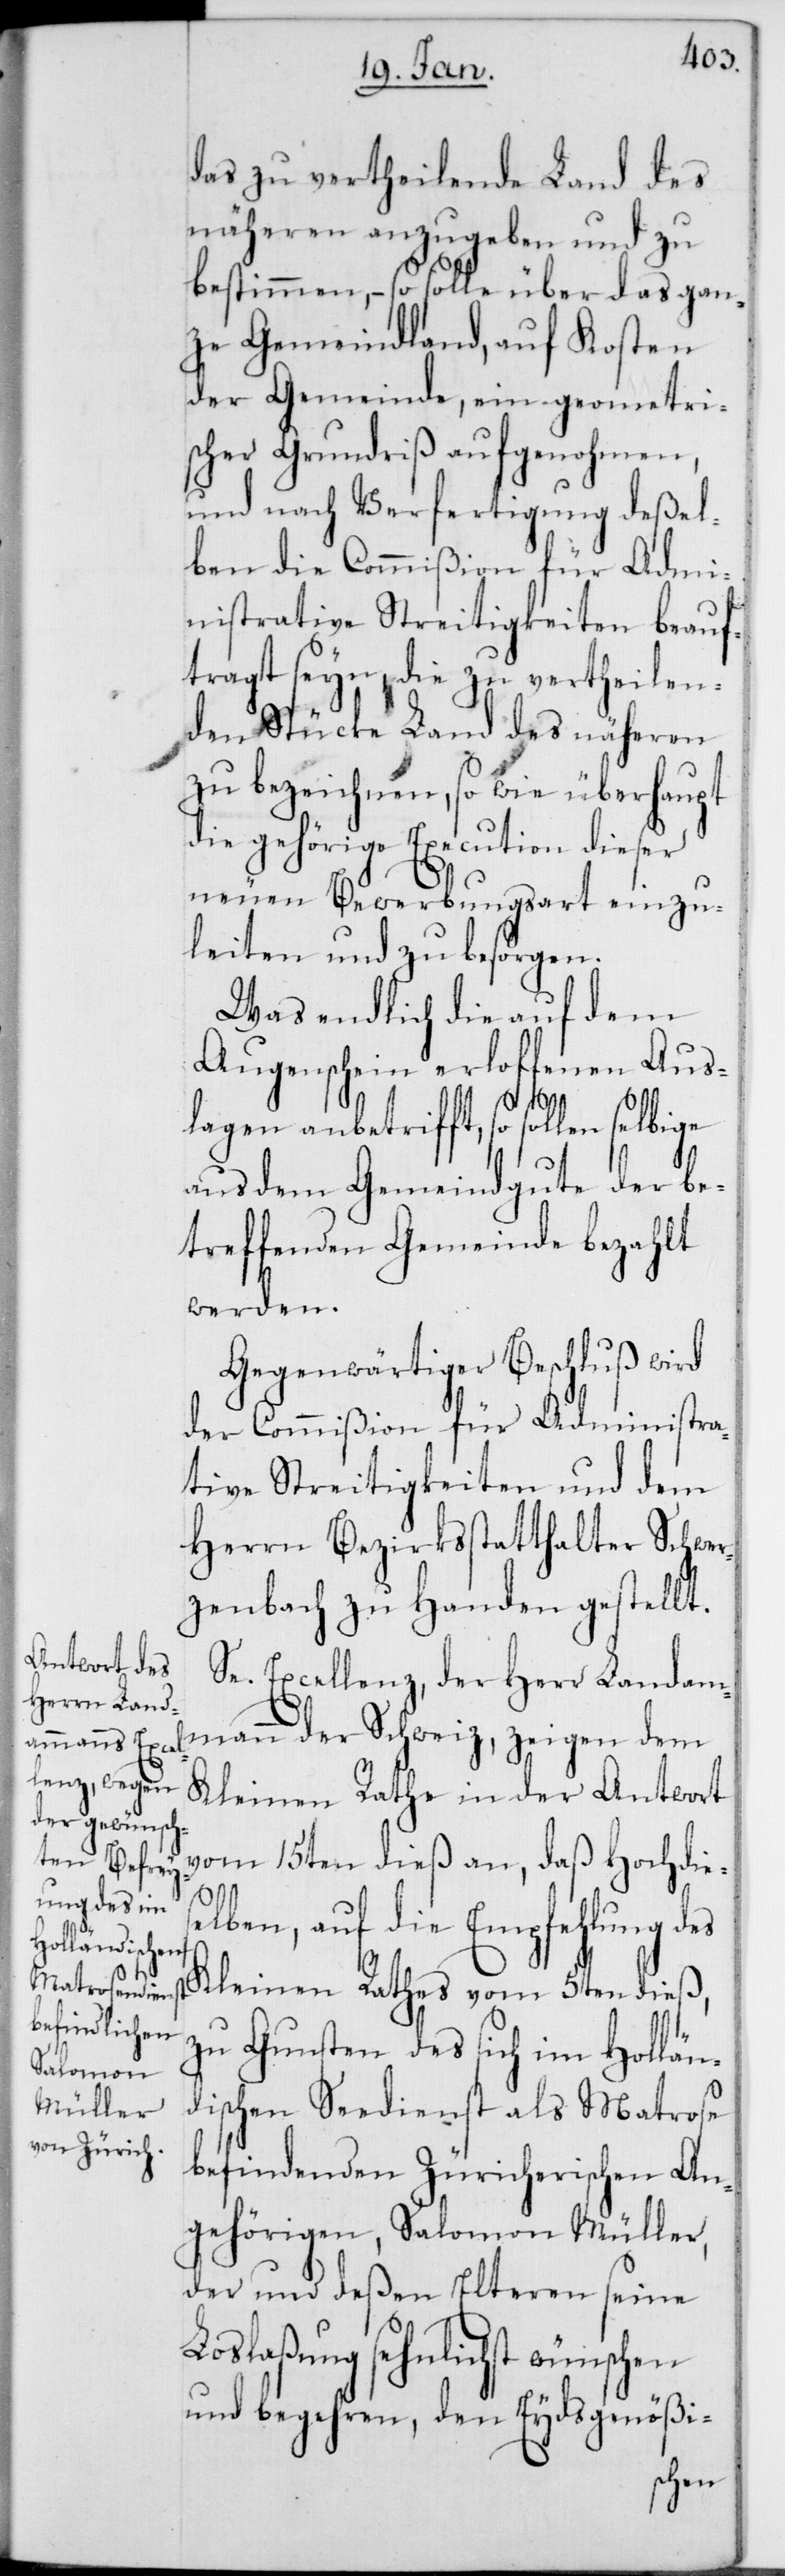
das zu vertheilende Land des
näheren anzugeben und zu
bestimmen, – so solle über das gan¬
ze Gemeindland, auf Kosten
der Gemeinde, ein geometris¬
cher Grundriß aufgenohmen,
und nach Verfertigung deßel¬
ben die Commißion für Admi¬
nistrative Streitigkeiten beauf¬
tragt seyn, die zu vertheilen¬
den Stücke Land des näheren
zu bezeichnen, so wie überhaupt
die gehörige Execution dieser
neuen Bewerbungsart einzu¬
leiten und zu besorgen.
Was endlich die auf dem
Augenschein erloffenen Aus¬
lagen anbetrifft, so sollen selbige
aus dem Gemeindgute der be¬
treffenden Gemeinde bezahlt
werden.
Gegenwärtiger Beschluß wird
der Commißion für Administra¬
tive Streitigkeiten und dem
Herrn Bezirksstatthalter Schwer¬
zenbach zu Handen gestellt.
Se. Excellenz der Herr Landam¬
mann der Schweiz, zeigen dem
Kleinen Rathe in der Antwort
vom 15ten dieß an, daß Hochdies¬
elben, auf die Empfehlung des
Kleinen Rathes vom 5ten dieß,
zu Gunsten des sich im Hollän¬
dischen Seedienst als Matrose
befindenden Züricherischen An¬
gehörigen, Salomon Müller,
der und deßen Elteren seine
Loslaßung sehnlichst wünschen
und begehren, den Eydsgenößi-